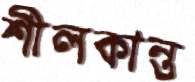
শীলকান্ত